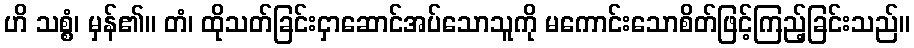
ဟိ သစ္စံ၊ မှန်၏။ တံ၊ ထိုသတ်ခြင်းငှာဆောင်အပ်သောသူကို မကောင်းသောစိတ်ဖြင့်ကြည့်ခြင်းသည်။